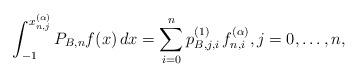
LaTeX: \begin{align*}\int_{ - 1}^{x_{n,j}^{(\alpha )}} {{P_{B,n}}f(x)\,dx} = \sum\limits_{i = 0}^n {{p_{B,j,i}^{(1)}}\,f_{n,i}^{(\alpha )}} ,j = 0, \ldots ,n,\end{align*}